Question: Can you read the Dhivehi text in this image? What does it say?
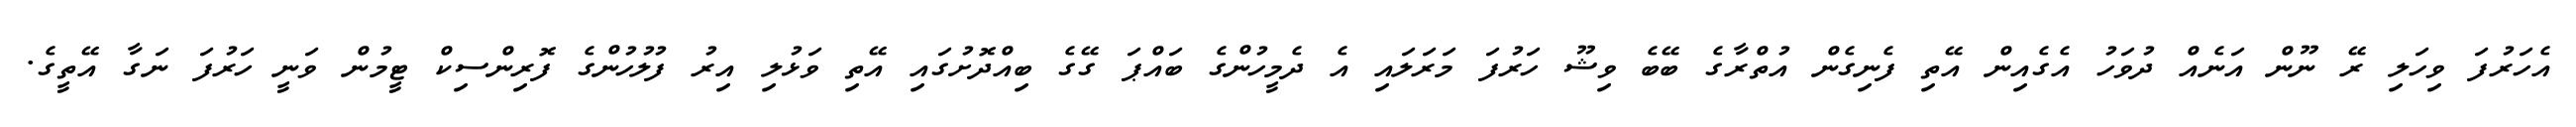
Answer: އެހަރުފަ ވިހަލި ރޭ ނޫން އަނެއް ދުވަހު އެގެއިން އޭތި ފެނިގެން އުތްރާގެ ބޭބެ ވިޝޫ ހަރުފަ މަރަލައި އެ ދެމީހުންގެ ބައްޕަ ގޭގެ ބިއްދޮށުގައި އޭތި ވަޅުލި އިރު ފުލުހުންގެ ފޮރިންސިކް ޓީމުން ވަނީ ހަރުފަ ނަގާ އޭތީގެ.